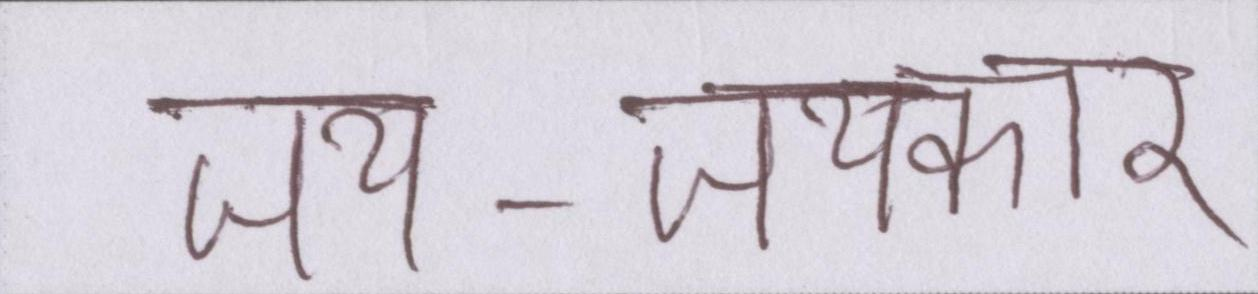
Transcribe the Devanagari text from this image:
जय-जयकार